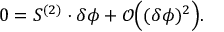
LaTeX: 0 = S ^ { ( 2 ) } \cdot \delta \phi + { \mathcal O } \Bigl ( ( \delta \phi ) ^ { 2 } \Bigr ) .